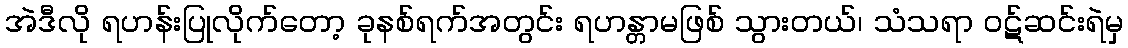
အဲဒီလို ရဟန်းပြုလိုက်တော့ ခုနစ်ရက်အတွင်း ရဟန္တာမဖြစ် သွားတယ်၊ သံသရာ ဝဋ်ဆင်းရဲမှ